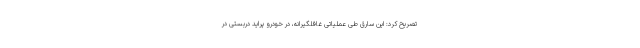
تصریح کرد: این سارق طی عملیاتی غافلگیرانه، در خودرو پراید دربستی در